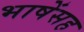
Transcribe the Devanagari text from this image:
भाषेंसह